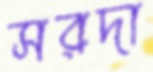
সরদা